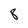
Character: 8